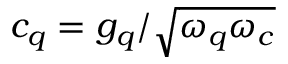
c _ { \boldsymbol { q } } = g _ { \boldsymbol { q } } / \sqrt { \omega _ { \boldsymbol { q } } \omega _ { c } }